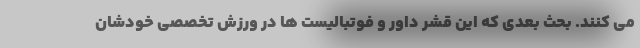
می کنند. بحث بعدی که این قشر داور و فوتبالیست ها در ورزش تخصصی خودشان